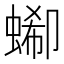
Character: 𧎙